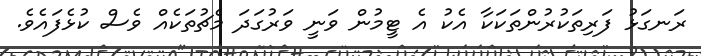
ރަނގަޅު ފަރިތަކުރުންތަކަކާ އެކު އެ ޓީމުން ވަނީ ވަރުގަދަ މެޗުތަކެއް ވެސް ކުޅެފައެވެ.